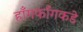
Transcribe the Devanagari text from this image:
हाँगकाँगकडे